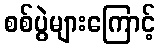
စစ်ပွဲများကြောင့်